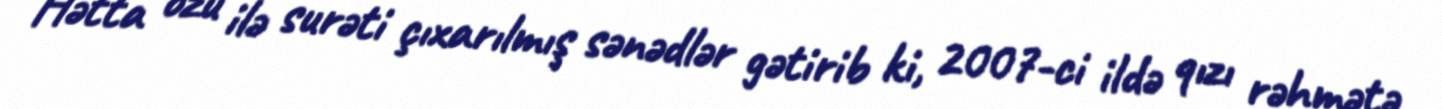
Hətta özü ilə surəti çıxarılmış sənədlər gətirib ki, 2007-ci ildə qızı rəhmətə